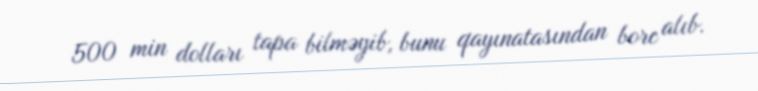
500 min dolları tapa bilməyib, bunu qayınatasından borc alıb.